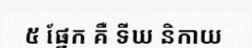
៥ ផ្នែក គឺ ទីឃ និកាយ